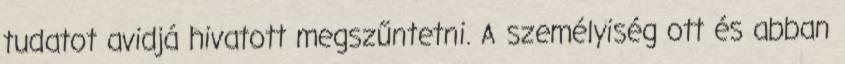
tudatot avidjá hivatott megszűntetni. A személyiség ott és abban